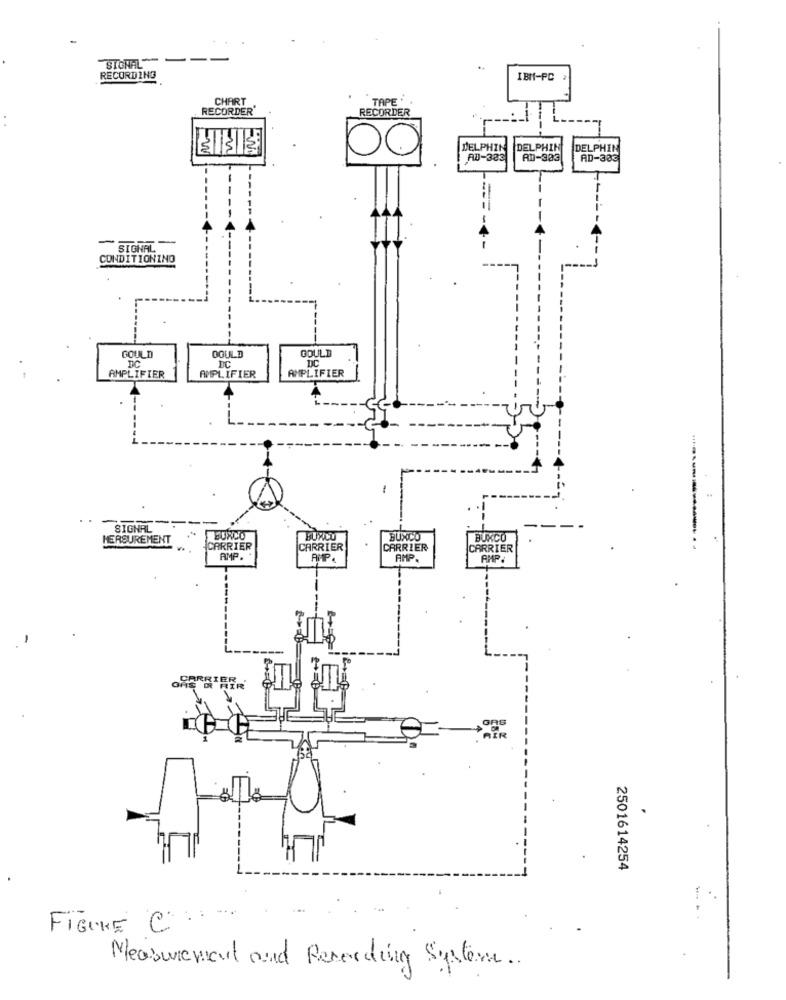
SIGNALER
RECORDING
IBM-PC 2
CHART
TAPE
RECORDER
RECORDER
. .
-N
DELPHIN
DELPHIN
DELPHIN
AD-333
An-303
AD-333
-
--
SIGNAL
CONDITIONING
OOULD
COULD
GOULD
DC
DC
DC
AMPLIFIER
AMPLIFIER
AMPLIFIER
SIGNAL
HERSUREMENT
EURCO
BUXCO
BUXCO
CARRIER
CARRIER
CARRIER
CARRIER
AMP.
AMP.
AMP.
AMP
.
2501614254
FIGURE C ......
Measurement and Recording System